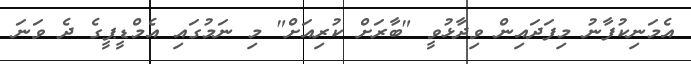
އެމަނިކުފާނު މިފަދައިން ވިދާޅުވީ "ބާރަށް ކުރިއަށް" މި ނަމުގައި އެމްޑީޕީގެ ދެ ވަނަ